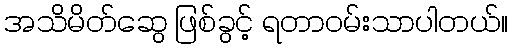
အသိမိတ်ဆွေ ဖြစ်ခွင့် ရတာဝမ်းသာပါတယ်။